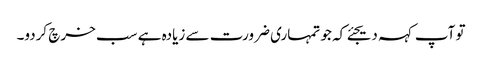
تو آپ کہہ دیجئے کہ جو تمہاری ضرورت سے زیادہ ہے سب خرچ کردو۔